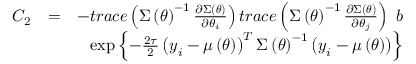
\begin{array} { r l r } { C _ { 2 } } & { = } & { - t r a c e \left( \boldsymbol { \Sigma } \left( \boldsymbol { \theta } \right) ^ { - 1 } \frac { \partial \boldsymbol { \Sigma } \left( \boldsymbol { \theta } \right) } { \partial \theta _ { i } } \right) t r a c e \left( \boldsymbol { \Sigma } \left( \boldsymbol { \theta } \right) ^ { - 1 } \frac { \partial \boldsymbol { \Sigma } \left( \boldsymbol { \theta } \right) } { \partial \theta _ { j } } \right) \mathrm { ~ } b } \\ & { } & { \exp \left\{ - \frac { 2 \tau } { 2 } \left( \boldsymbol { y } _ { i } - \boldsymbol { \mu } \left( \boldsymbol { \theta } \right) \right) ^ { T } \boldsymbol { \Sigma } \left( \boldsymbol { \theta } \right) ^ { - 1 } \left( \boldsymbol { y } _ { i } - \boldsymbol { \mu } \left( \boldsymbol { \theta } \right) \right) \right\} } \end{array}